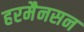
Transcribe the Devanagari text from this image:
हरमैनसन